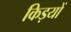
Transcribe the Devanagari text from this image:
किड़यों